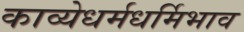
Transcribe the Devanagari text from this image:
काव्येधर्मधर्मिभाव